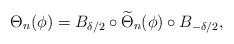
LaTeX: \begin{align*}\Theta_n(\phi)=B_{\delta/2}\circ\widetilde{\Theta}_n(\phi)\circ B_{-\delta/2},\end{align*}